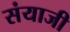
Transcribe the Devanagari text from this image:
संयाजी